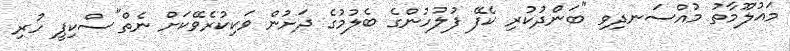
މައުލޫމާތު މުއްސަނދިވި "ބަންދުކުރި ކެފޭ ފުލުހުންގެ ބެލުމުގެ ދަށުން ވަކިކުރެވޭކަަށް ނެތް"ސްކިޕީ ހުރި